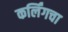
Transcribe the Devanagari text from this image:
कर्लिंगचा